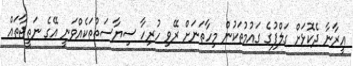
އީރާނާ ދެކޮޅަށް ގަލްފުގެ ގައުމުތަކުން މިހާތަނަށް ރޭވި ހުރިހާ ސިޔާސަތުތަކެއްވަނީ އޭގެ ނަތީޖާތައް